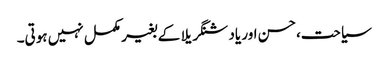
سیاحت،حسن اور یاد شنگریلا کے بغیر مکمل نہیں ہوتی۔